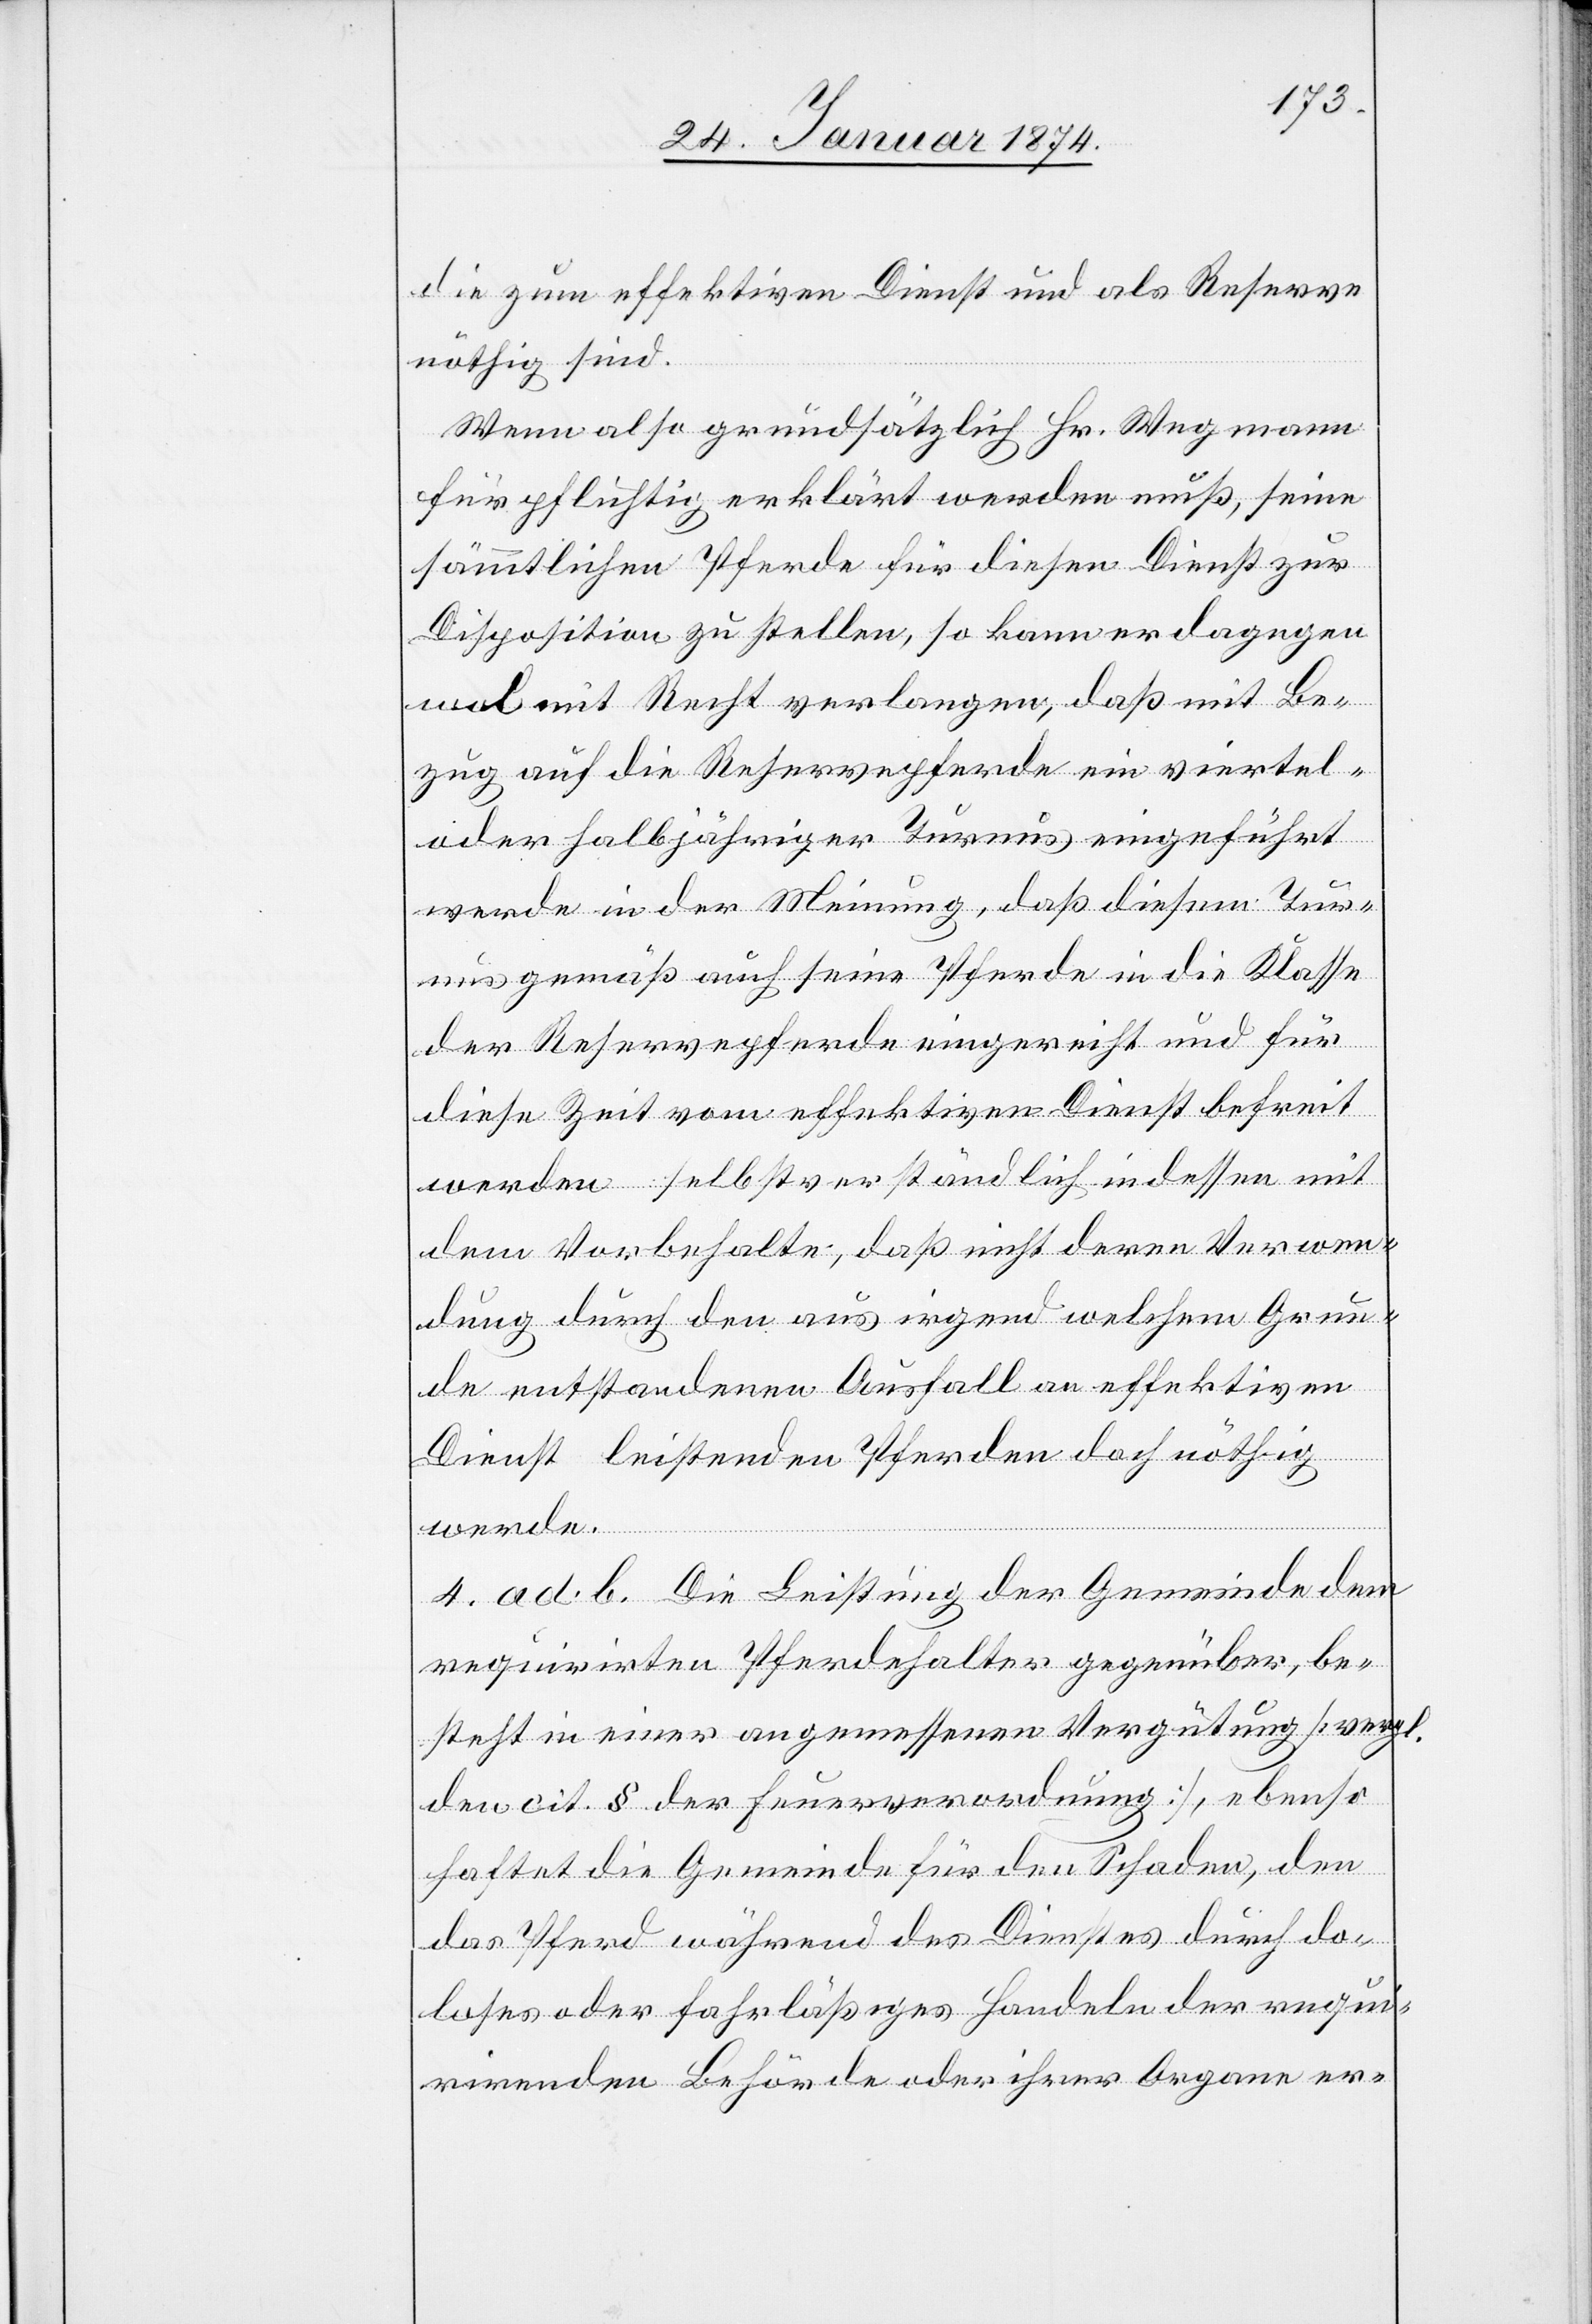
die zum effektiven Dienst und als Reserve
nöthig sind.
Wenn also grundsätzlich Hr. Wegmann
für pflichtig erklärt werden muß, seine
sämmtlichen Pferde für diesen Dienst zur
Disposition zu stellen, so kann er dagegen
wol mit Recht verlangen, daß mit Be¬
zug auf die Reservepferde ein viertel-
oder halbjähriger Turnus eingeführt
werde in der Meinung, daß diesem Turn¬
us gemäß auch seine Pferde in die Klasse
der Reservepferde eingereicht und für
diese Zeit vom effektiven Dienst befreit
werden selbstverständlich indessen mit
dem Vorbehalte, daß nicht deren Verwen¬
dung durch den aus irgend welchem Grun¬
de entstandenen Ausfall an effektiven
Dienst leistenden Pferden doch nöthig
werde.
4. ad. b. Die Leistung der Gemeinde dem
requirirten Pferdehalter gegenüber, be¬
steht in einer angemessenen Vergütung [vergl.
den cit. § der Feuerverordnung], ebenso
haftet die Gemeinde für den Schaden, den
das Pferd während des Dienstes durch do¬
loses oder fahrläßiges Handeln der requi¬
rirrenden Behörde oder ihrer Organe er-